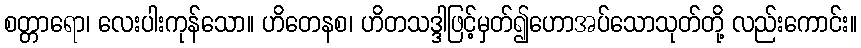
စတ္တာရော၊ လေးပါးကုန်သော။ ဟိတေနစ၊ ဟိတသဒ္ဒါဖြင့်မှတ်၍ဟောအပ်သောသုတ်တို့ လည်းကောင်း။